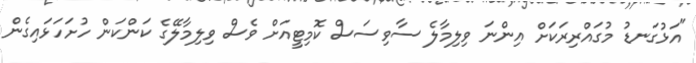
"އަޅުގަނޑު މުގައްރިރަކަށް އިންނަ ވިލިމާލެ ސާވިސަސް ކޮމިޓީއަށް ވެސް ވިލިމާލޭގެ ކަންކަން ހުށަހަޅައިގެން